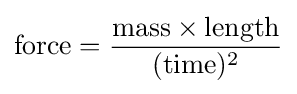
{\text{force}}={\frac {{\text{mass}}\times {\text{length}}}{({\text{time}})^{2}}}